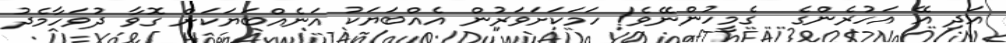
އަދި އޭ އަހުރެންގެ  ގެމީހުންނޭވެ! ހަމަކަށަވަރުން އެއްބަޔަކު އަނެއްބަޔަކަށް ގޮވާ ދުވަހާމެދު